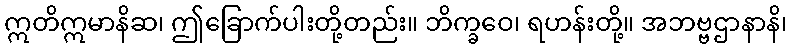
ဣတိဣမာနိဆ၊ ဤခြောက်ပါးတို့တည်း။ ဘိက္ခဝေ၊ ရဟန်းတို့။ အဘဗ္ဗဌာနာနိ၊